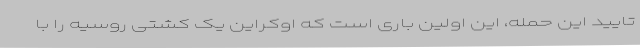
تایید این حمله، این اولین باری است که اوکراین یک کشتی روسیه را با